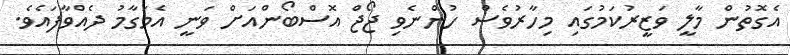
އެގޮތުން މާލީ ވަޒީރުކަމުގައި މިހާރުވެސް ހުންނެވި ޖޯޖް އޮސްބޯންއަށް ވަނީ އެމަގާމު ދެއްވާފައެވެ.